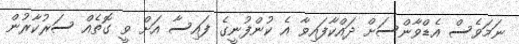
ނަމަވެސް އެޑްވާންސަށް ދައްކާފައިވާ އެ ކުންފުނީގެ ފައިސާ އަށް ވީ ގޮތެއް ސަރުކާރުން